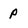
Character: p